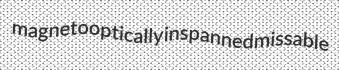
magnetooptically inspanned missable